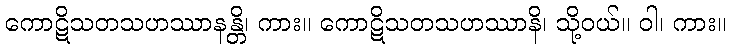
ကောဋိသတသဟဿာနန္တိ၊ ကား။ ကောဋိသတသဟဿာနိ၊ သို့ဝယ်။ ဝါ၊ ကား။